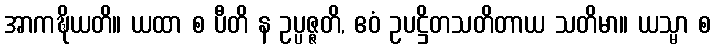
အာကဍ္ဎိယတိ။ ယထာ စ ပီတိ န ဥပ္ပဇ္ဇတိ, ဧဝံ ဥပဋ္ဌိတသတိတာယ သတိမာ။ ယသ္မာ စ